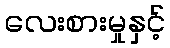
လေးစားမှုနှင့်